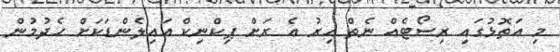
މި އަތޮޅުގައި ރިސޯޓެއް ނެތް އިރު އެ ރަށް ޕިކްނިކް އައިލެންޑަކަށް ހެދުމުން